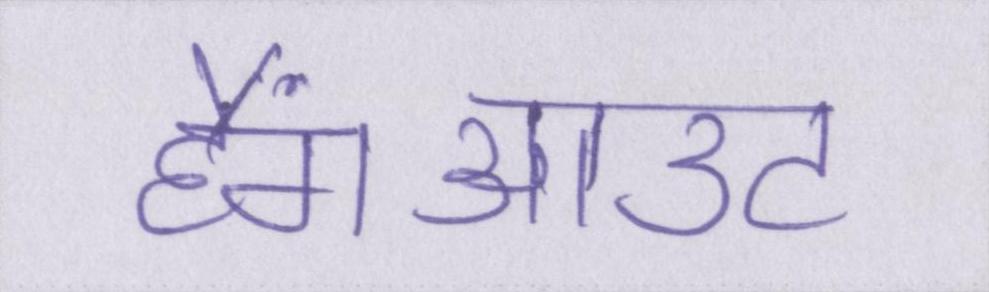
हैंगआउट